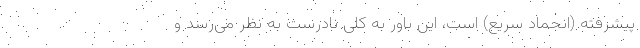
پیشرفته (انجماد سریع) است، این باور به کلی نادرست به نظر می‌رسد و